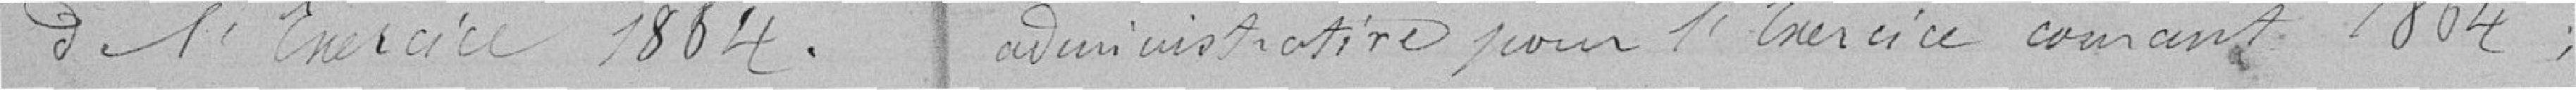
de l'Exercice 1864. administrative pour l'Exercice courant 1864 ;